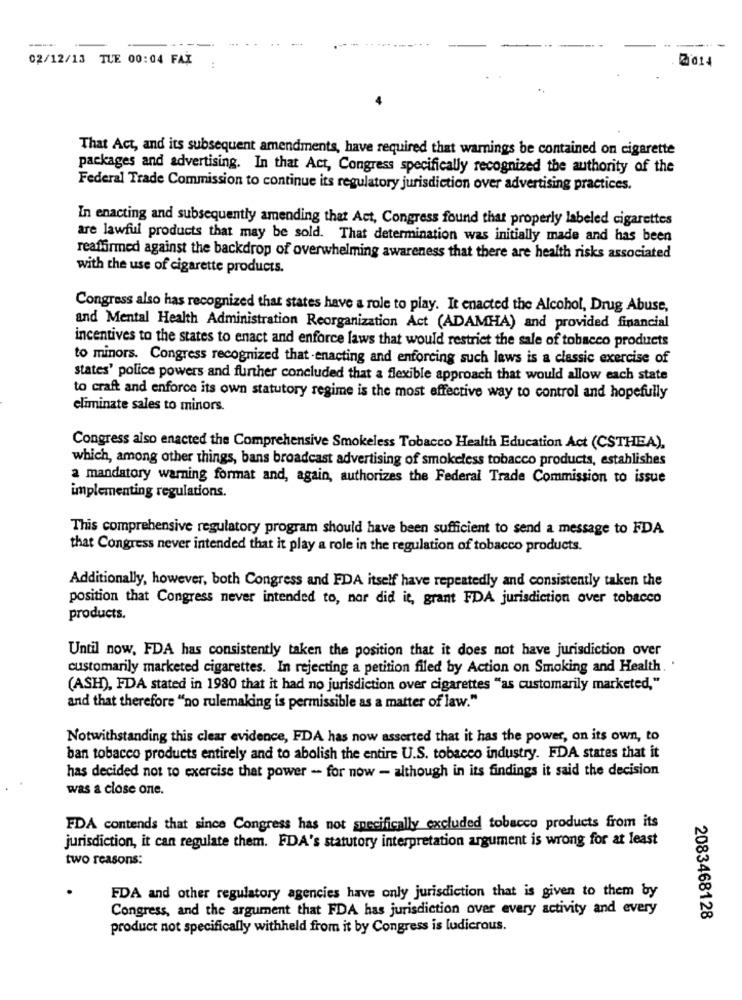
-----
02/12/13 TLE 00:04 FAX
2014
:
That Act, and its subsequent amendments, have required that warnings be contained on cigarette
packages and advertising. In that Act, Congress specifically recognized the authority of the
Federal Trade Commission to continue its regulatory jurisdiction over advertising practices.
In enacting and subsequently amending that Act, Congress found that properly labeled cigarettes
are lawful products that may be sold. That determination was initially made and has been
reaffirmed against the backdrop of overwhelming awareness that there are health risks associated
with the use of cigarette products.
Congress also has recognized that states have a role to play. It enacted the Alcohol, Drug Abuse,
and Mental Health Administration Reorganization Act (ADAMHA) and provided financial
incentives to the states to enact and enforce laws that would restrict the sale of tobacco products
to minors. Congress recognized that -enacting and enforcing such laws is a classic exercise of
states' police powers and further concluded that a flexible approach that would allow each state
to craft and enforce its own statutory regime is the most effective way to control and hopefully
eliminate sales to minors.
Congress also enacted the Comprehensive Smokeless Tobacco Health Education Act (CSTHEA),
which, among other things, bans broadcast advertising of smokeless tobacco products, establishes
a mandatory warning format and, again, authorizes the Federal Trade Commission to issue
implementing regulations.
This comprehensive regulatory program should have been sufficient to send a message to FDA
that Congress never intended that it play a role in the regulation of tobacco products.
Additionally, however, both Congress and FDA itself have repeatedly and consistently taken the
position that Congress never intended to, nor did it, grant FDA jurisdiction over tobacco
products.
Until now, FDA has consistently taken the position that it does not have jurisdiction over
customarily marketed cigarettes. In rejecting a petition filed by Action on Smoking and Health.
(ASH), FDA stated in 1980 that it had no jurisdiction over cigarettes "as customarily marketed,"
and that therefore "no rulemaking is permissible as a matter of law."
Notwithstanding this clear evidence, FDA has now asserted that it has the power, on its own, to
ban tobacco products entirely and to abolish the entire U.S. tobacco industry. FDA states that it
has decided not to exercise that power - for now - although in its findings it said the decision
was a close one.
FDA contends that since Congress has not specifically excluded tobacco products from its
jurisdiction, it can regulate them. FDA's statutory interpretation argument is wrong for at least
two reasons:
FDA and other regulatory agencies have only jurisdiction that is given to them by
Congress, and the argument that FDA has jurisdiction over every activity and every
2083468128
product not specifically withheld from it by Congress is ludicrous.